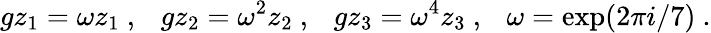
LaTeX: gz_{1}=\omega z_{1}~,~~~gz_{2}=\omega^{2}z_{2}~,~~~gz_{3}=\omega^{4}z_{3}~,~~~\omega=\exp(2\pi i/7)~.